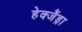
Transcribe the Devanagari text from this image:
हेक्जैंड्रा